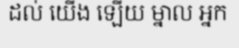
ដល់ យើង ឡើយ ម្នាល អ្នក